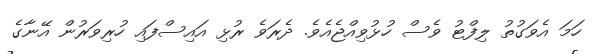
ހަމަ އެވަގުތު ލިފްޓު ވެސް ހުޅުވިއްޖެއެވެ. ދެރަވެ ރުޅި އައިސްފައި ހުރިވަރުން އޭނާގެ